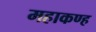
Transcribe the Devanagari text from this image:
महाकण्ह